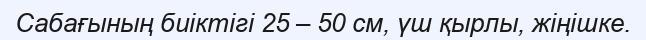
Сабағының биіктігі 25 – 50 см, үш қырлы, жіңішке.